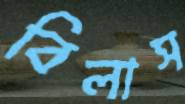
বিলাস